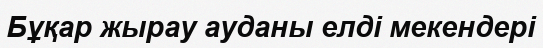
Бұқар жырау ауданы елді мекендері